Newspaper: Spirit of the age. [volume]
Place of publication: Woodstock, Vt.
Publisher: E.A. Kimball
Date: 1875-01-27 00:00:00
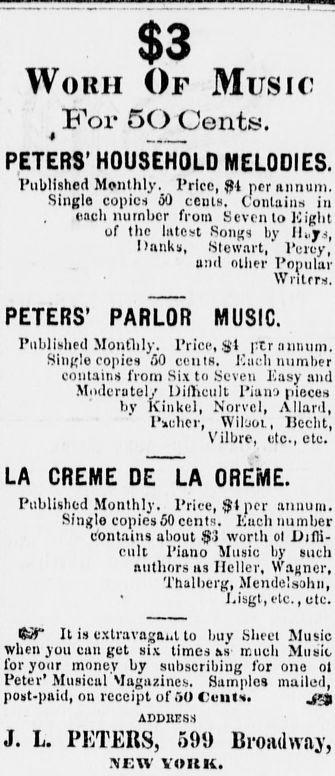
Advertisement text (OCR):
Woitn Of Music T?or oO Cents. 4 PETERS' H0U8EH0LD MEL0DIE8. Ptiblishcd Monthly. Prlcc, 1 pcr iinnum, Single copics 50 cents. Contains in cach mimbcr from Scvcn to Kiplit of thc lntcst Songs by Ili.jrj, Dnnks, Stownrt, Pcioy, und otlicr Ponular Wntrrs. PETERS' PARL0R MUSIC l'ublishcd Montlily. Price, S' ptr Siiiglo conics 50 cetitfl. Kach Xr annum. number contains from Six to Scveu Easy and Modcratol Dilhcult 1'ianD pieces by Kinkcl, Nnrvcl, Allard, Pichcr, Wibot, Hccht, Vilbre, ctc., ctc. LA CREME DE LA 0REME. Piiblislied Monthly. Pricc, $lpcr annum. Sfnglo copics 60 cents. Euchnumbcr c'ont.iius about $3 worlh ol Difli cult 1'iano Music by such nuthors iis Hcllcr, Wasncr, Thalherg, Mendelsohn, J.isgt,ctc.,utc. It is cxtravagai.l to buy Shect Music when you can get six times as much Music foryour money by stibscribing for ono ol Petcr' Musical Magnzincs. Samples mailed, post-paid, on rcceipt of 50 C'eins. jjj ADDKESS J. L. 1'IiTERS, 590 Bi'oiuhvay, SrAV VOItK.
Label: text-only